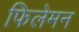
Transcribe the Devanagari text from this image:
फिलेमन